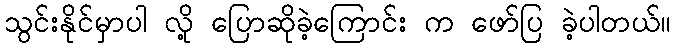
သွင်းနိုင်မှာပါ လို့ ပြောဆိုခဲ့ကြောင်း က ဖော်ပြ ခဲ့ပါတယ်။